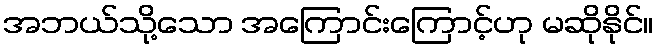
အဘယ်သို့သော အကြောင်းကြောင့်ဟု မဆိုနိုင်။